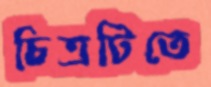
চিত্রটিতে